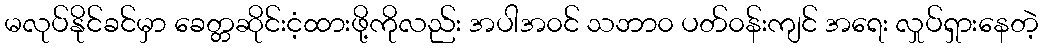
မလုပ်နိုင်ခင်မှာ ခေတ္တဆိုင်းငံ့ထားဖို့ကိုလည်း အပါအ၀င် သဘာ၀ ပတ်၀န်းကျင် အရေး လှုပ်ရှားနေတဲ့